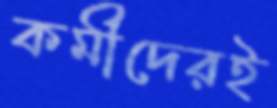
কর্মীদেরই